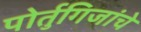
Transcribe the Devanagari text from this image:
पोर्तुगिजांचे